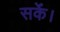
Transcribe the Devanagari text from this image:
सकेंं।